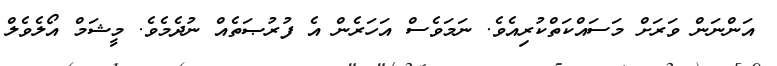
އަންނަން ވަރަށް މަސައްކަތްކުރިއެވެ. ނަމަވެސް އަހަރެން އެ ފުރުޞަތެއް ނުދެމެވެ. މީޝަމް އޯލެވެލް